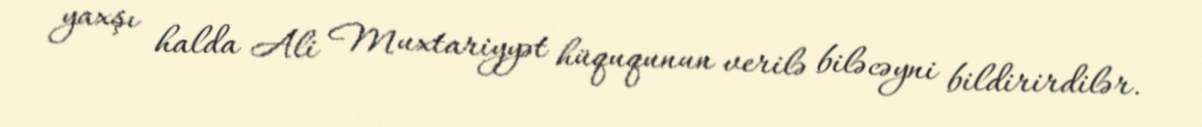
yaxşı halda Ali Muxtariyyət hüququnun verilə biləcəyni bildirirdilər.